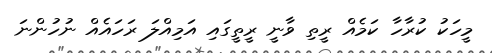
މީހަކު ކުރާހާ ކަމެއް ރީތި ވާނީ ރީތީގައި އަމިއްލަ ރަހައެއް ނުހުންނަ